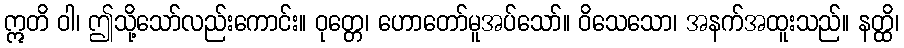
ဣတိ ဝါ၊ ဤသို့သော်လည်းကောင်း။ ဝုတ္တေ၊ ဟောတော်မူအပ်သော်။ ဝိသေသော၊ အနက်အထူးသည်။ နတ္ထိ၊